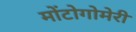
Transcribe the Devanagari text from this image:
मोंटोगोमेरी